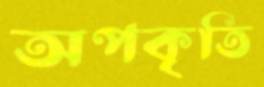
অপকৃতি